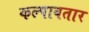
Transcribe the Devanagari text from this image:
कल्पावतार